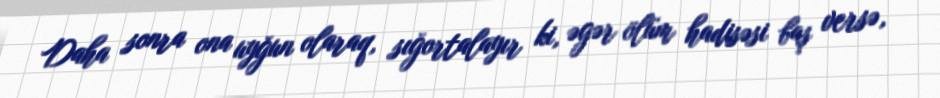
Daha sonra ona uyğun olaraq, sığortalayır ki, əgər ölüm hadisəsi baş versə,